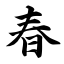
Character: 春